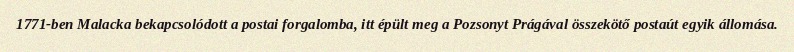
1771-ben Malacka bekapcsolódott a postai forgalomba, itt épült meg a Pozsonyt Prágával összekötő postaút egyik állomása.